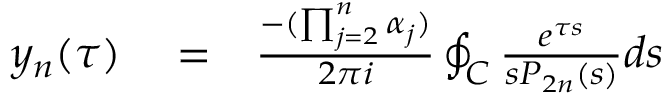
\begin{array} { r l r } { y _ { n } ( \tau ) } & { { } = } & { \frac { - ( \prod _ { j = 2 } ^ { n } \alpha _ { j } ) } { 2 \pi i } \oint _ { \cal C } \frac { e ^ { \tau s } } { s P _ { 2 n } ( s ) } d s } \end{array}